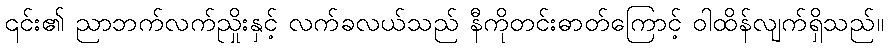
၎င်း၏ ညာဘက်လက်ညှိုးနှင့် လက်ခလယ်သည် နီကိုတင်းဓာတ်ကြောင့် ဝါထိန်လျက်ရှိသည်။